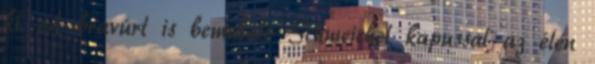
ki. A bravúrt is bemutató Schmeichel kapussal az élen